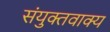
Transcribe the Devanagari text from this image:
संयुक्तवाक्य